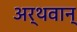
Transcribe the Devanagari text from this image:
अर्थवान्‌